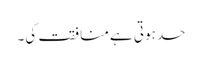
حد ہوتی ہے منافقت کی۔